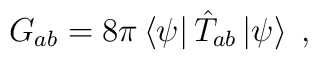
G_{ab}=8\pi\left<\psi\right|\hat T_{ab}\left|\psi\right>\;,